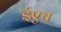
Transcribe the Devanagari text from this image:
ईएच